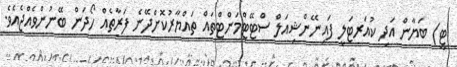
ޓީ) ބަޔާން އަދި ކުއަރޓަލީ ފައިނޭންޝިއަލް ސްޓޭޓްމަންޓްތައް ތައްޔާރުކޮށްދޭނެ ފަރާތެއް ހޯދަން ބޭނުންވެއްޖެއެވެ.